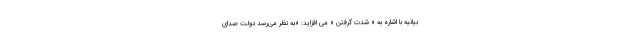
بیانیه با اشاره به « شدت گرفتن » می افزاید: «به نظر می‌رسد دولت صدای